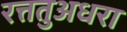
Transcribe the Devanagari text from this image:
रत्ततुअधरा